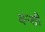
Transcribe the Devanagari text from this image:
वन्शी